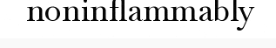
noninflammably